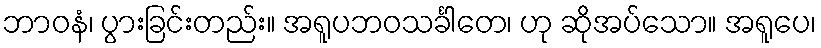
ဘာဝနံ၊ ပွားခြင်းတည်း။ အရူပဘဝသင်္ခါတေ၊ ဟု ဆိုအပ်သော။ အရူပေ၊